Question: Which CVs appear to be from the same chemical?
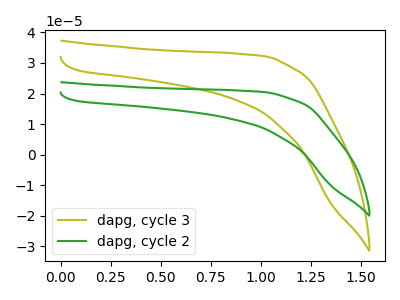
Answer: <think>The olive curve "dapg, cycle 3" has no peaks. The green curve "dapg, cycle 2" has no peaks.
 Neither "dapg, cycle 3" or "dapg, cycle 2" have any peaks.</think>
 <answer>"dapg, cycle 3" and "dapg, cycle 2" have the same shape and are likely CV's of the same chemical.</answer>
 <eval>"dapg, cycle 3" "dapg, cycle 2"</eval>